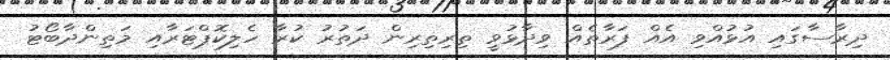
ދިރާސާގައި އުޅުއްވި އެއް ފަރާތެއް ވިދާޅުވީ ތިރިތިރިން ދަތުރު ކުރާ ހެލިކޮޕްޓަރާއި މަތިންދާބޯޓު